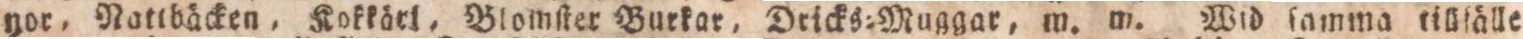
nor, Nattbåcken, Kokkärl, Blomſter Burkar, Dricks=Muggar, m. m. Wid ſamma tillfälle